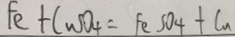
F e + C u S O _ { 4 } = F e S O _ { 4 } + C u